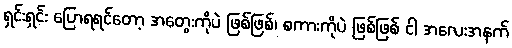
ရှင်းရှင်း ပြောရရင်တော့ အတွေးကိုပဲ ဖြစ်ဖြစ်၊ စကားကိုပဲ ဖြစ်ဖြစ် ငါ အလေးအနက်